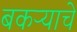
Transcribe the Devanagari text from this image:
बकऱ्याचे